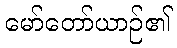
မော်တော်ယာဉ်၏